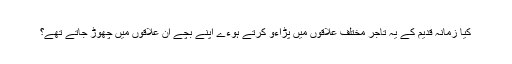
کیا زمانہ قدیم کے یہ تاجر مختلف علاقوں میں پڑاءو کرتے ہوءے اپنے بچے ان علاقوں میں چھوڑ جاتے تھے؟